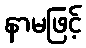
နာမဖြင့်